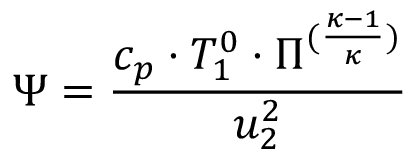
\Psi = \frac { c _ { p } \cdot T _ { 1 } ^ { 0 } \cdot \Pi ^ { ( \frac { \kappa - 1 } { \kappa } ) } } { u _ { 2 } ^ { 2 } }